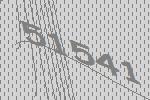
51541